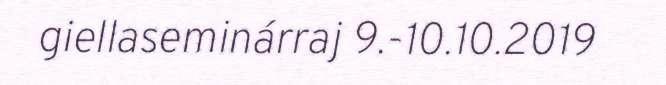
giellaseminárraj 9.-10.10.2019